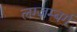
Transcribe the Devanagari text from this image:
लग्जम्बर्ग